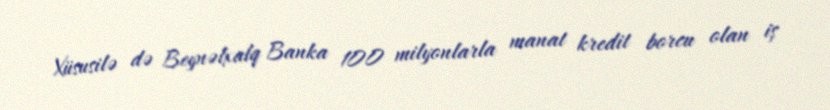
Xüsusilə də Beynəlxalq Banka 100 milyonlarla manat kredit borcu olan iş